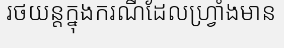
រថយន្តក្នុងករណីដែលហ្វ្រាំងមាន